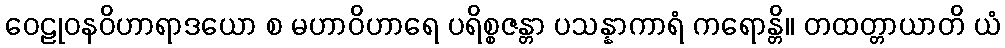
ဝေဠုဝနဝိဟာရာဒယော စ မဟာဝိဟာရေ ပရိစ္စဇန္တာ ပသန္နာကာရံ ကရောန္တိ။ တထတ္တာယာတိ ယံ